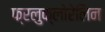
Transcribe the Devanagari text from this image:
फ्रलुक्लोरेलिन